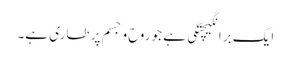
ایک برانگیچتگی ہے جو روح و جسم پر طاری ہے۔